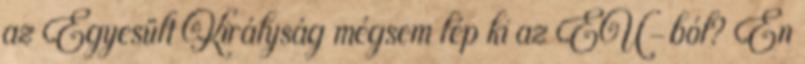
az Egyesült Királyság mégsem lép ki az EU-ból? Én